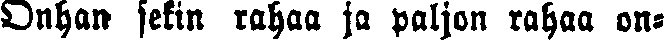
Onhan sekin rahaa ja paljon rahaa on-